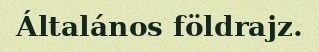
Általános földrajz.